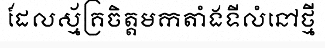
ដែលស្ម័គ្រចិត្តមកតាំងទីលំនៅថ្មី